画像に写った文字を読んでください
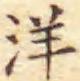
「洋」と書いてあります